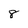
Character: 8